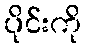
ပိုင်းကို